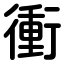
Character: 衝